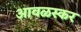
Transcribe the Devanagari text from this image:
आवळस्कर